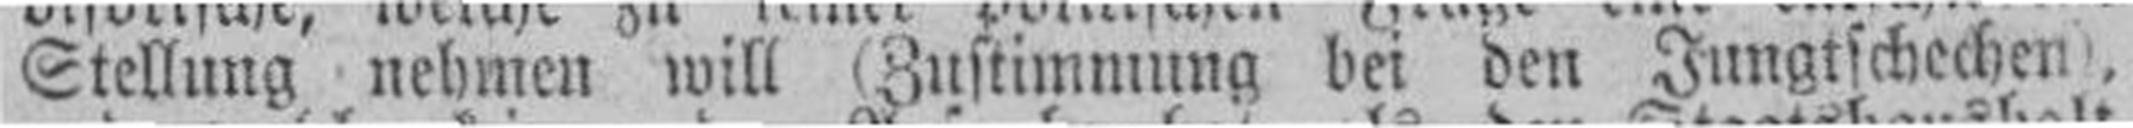
Stellung nehmen will (Zustimmung bei den Jungtschechen,